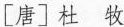
[唐]杜 牧